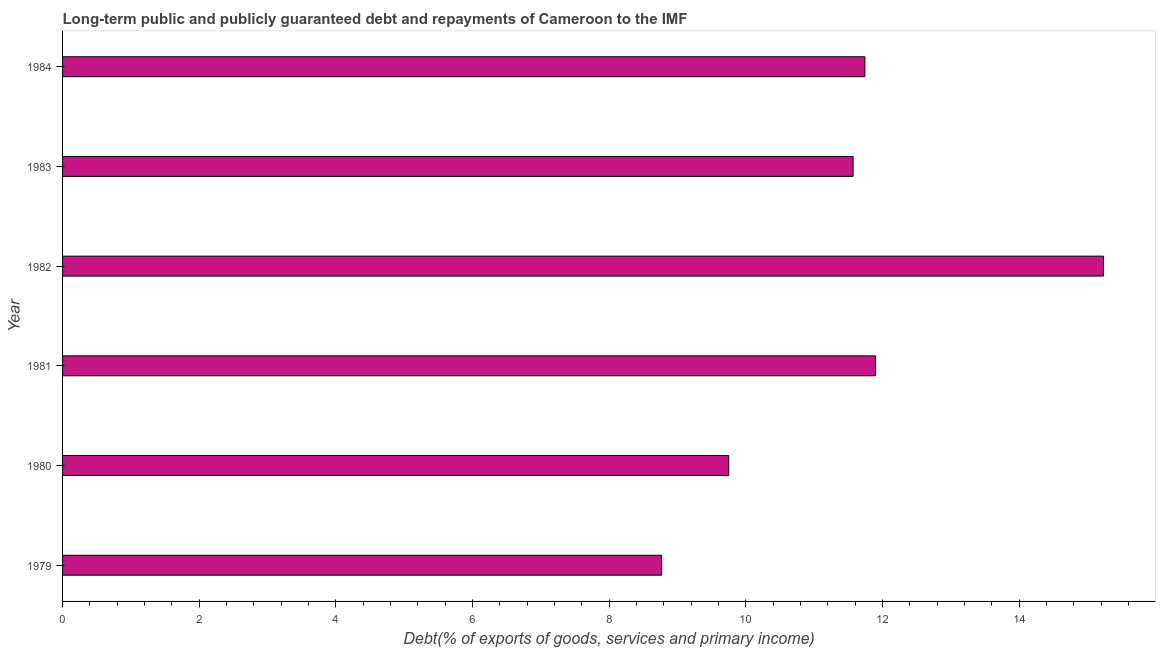
| Year | Debt service (PPG and IMF only) |
 | --- | --- |
 | 1979 | 8.77 |
 | 1980 | 9.75 |
 | 1981 | 11.9 |
 | 1982 | 15.2 |
 | 1983 | 11.6 |
 | 1984 | 11.7 |